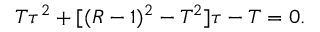
T \tau ^ { 2 } + [ ( R - 1 ) ^ { 2 } - T ^ { 2 } ] \tau - T = 0 .